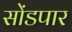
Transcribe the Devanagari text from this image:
सोंडपार